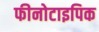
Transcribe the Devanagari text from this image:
फीनोटाइपिक